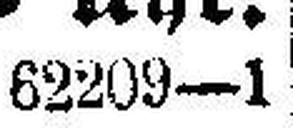
62209—1